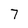
Character: 7